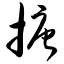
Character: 搪